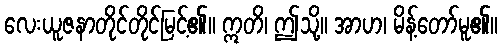
လေးယူဇနာတိုင်တိုင်မြင့်၏။ ဣတိ၊ ဤသို့။ အာဟ၊ မိန့်တော်မူ၏။